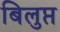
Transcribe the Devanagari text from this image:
बिलुप्त